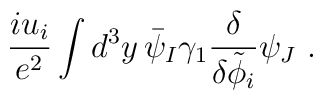
\frac{i u_i}{e^2} \int d^3 y\,  \bar\psi_{I} \gamma_1 \frac{\delta }{\delta \tilde\phi_i} \psi_{J}\ .